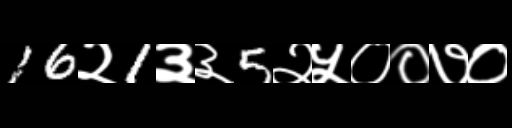
Text: 16२1३३5२५००७०